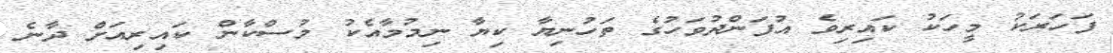
ފަހަރަކު މީހަކު ކައިރިވެ އުފަންދުވަހުގެ ތަހުނިޔާ ކިޔާ ނިމުމާއެކު މުސްކާން ކައިރިއަށް ދާނެ